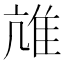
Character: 𨾒